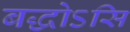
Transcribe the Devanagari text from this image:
बद्धोऽसि